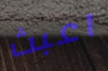
اعبث